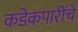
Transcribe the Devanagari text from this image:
कडेकपारींचे